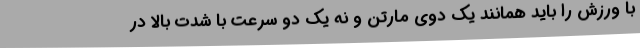
با ورزش را باید همانند یک دوی مارتن و نه یک دو سرعت با شدت بالا در